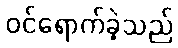
ဝင်ရောက်ခဲ့သည်